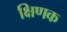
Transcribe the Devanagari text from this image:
क्षिणक